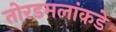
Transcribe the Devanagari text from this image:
तोरडमलांकडे